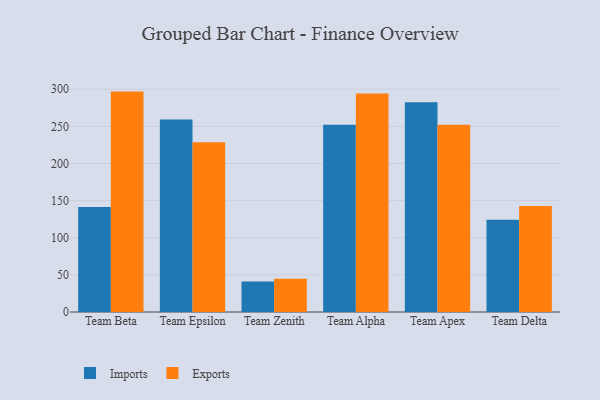
{"axis": {"x": "Team", "y": "Headcount"}, "legend": ["Exports", "Imports"], "data": [{"x": "Team Beta", "y": 141.4, "type": "Imports"}, {"x": "Team Beta", "y": 296.8, "type": "Exports"}, {"x": "Team Epsilon", "y": 259.1, "type": "Imports"}, {"x": "Team Epsilon", "y": 228.5, "type": "Exports"}, {"x": "Team Zenith", "y": 41.1, "type": "Imports"}, {"x": "Team Zenith", "y": 44.7, "type": "Exports"}, {"x": "Team Alpha", "y": 252.1, "type": "Imports"}, {"x": "Team Alpha", "y": 294.2, "type": "Exports"}, {"x": "Team Apex", "y": 282.3, "type": "Imports"}, {"x": "Team Apex", "y": 252.1, "type": "Exports"}, {"x": "Team Delta", "y": 124.3, "type": "Imports"}, {"x": "Team Delta", "y": 142.9, "type": "Exports"}]}